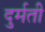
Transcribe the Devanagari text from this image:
दुर्मती